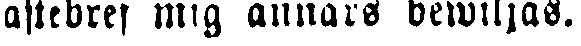
askebref mig annars bewiljas.